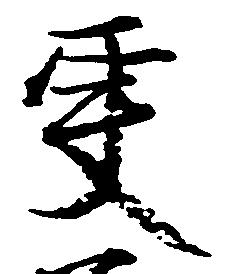
更